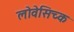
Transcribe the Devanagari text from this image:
लोवेसिच्क